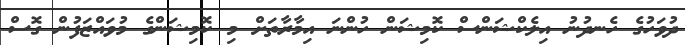
ދުވަހުގެ ހެނދުނު އިލެކްޝަންސް ކޮމިޝަން ހުންނަ އިމާރާތަށް މި ކޮމިޝަންގެ މުވައްޒަފުން ގޮސް